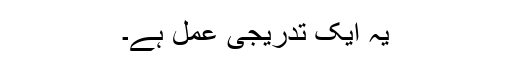
یہ ایک تدریجی عمل ہے۔